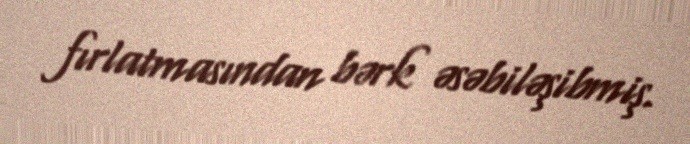
fırlatmasından bərk əsəbiləşibmiş.